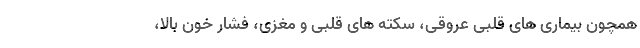
همچون بیماری های قلبی عروقی، سکته های قلبی و مغزی، فشار خون بالا،